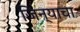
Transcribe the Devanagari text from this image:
जिन्याचा